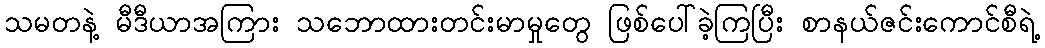
သမတနဲ့ မီဒီယာအကြား သဘောထားတင်းမာမှုတွေ ဖြစ်ပေါ်ခဲ့ကြပြီး စာနယ်ဇင်းကောင်စီရဲ့